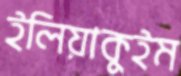
ইলিয়াকুইম